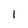
Character: 1